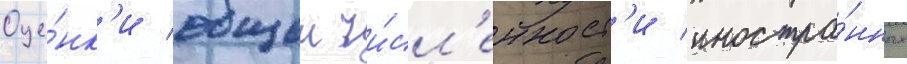
Оце́нк'и общеи чи́сл'енност'и иностра́нных